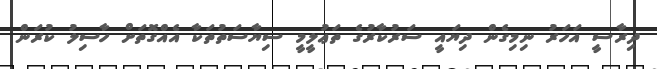
ދިރާސީ އަހަރު ނިމިގެން ދިޔައީ ސަރުކާރުގެ ތަޢުލީމީ ސިޔާސަތުތަކާ އެއްގޮތަށް ހާސިލު ކުރަން